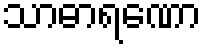
သာဓာရဏော